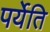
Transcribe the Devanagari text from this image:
पर्येति